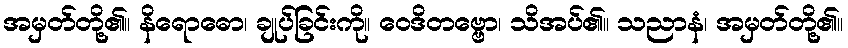
အမှတ်တို့၏။ နိရောဓော၊ ချုပ်ခြင်းကို။ ဝေဒိတဗ္ဗော၊ သိအပ်၏။ သညာနံ၊ အမှတ်တို့၏။